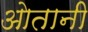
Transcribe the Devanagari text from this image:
ओतानी